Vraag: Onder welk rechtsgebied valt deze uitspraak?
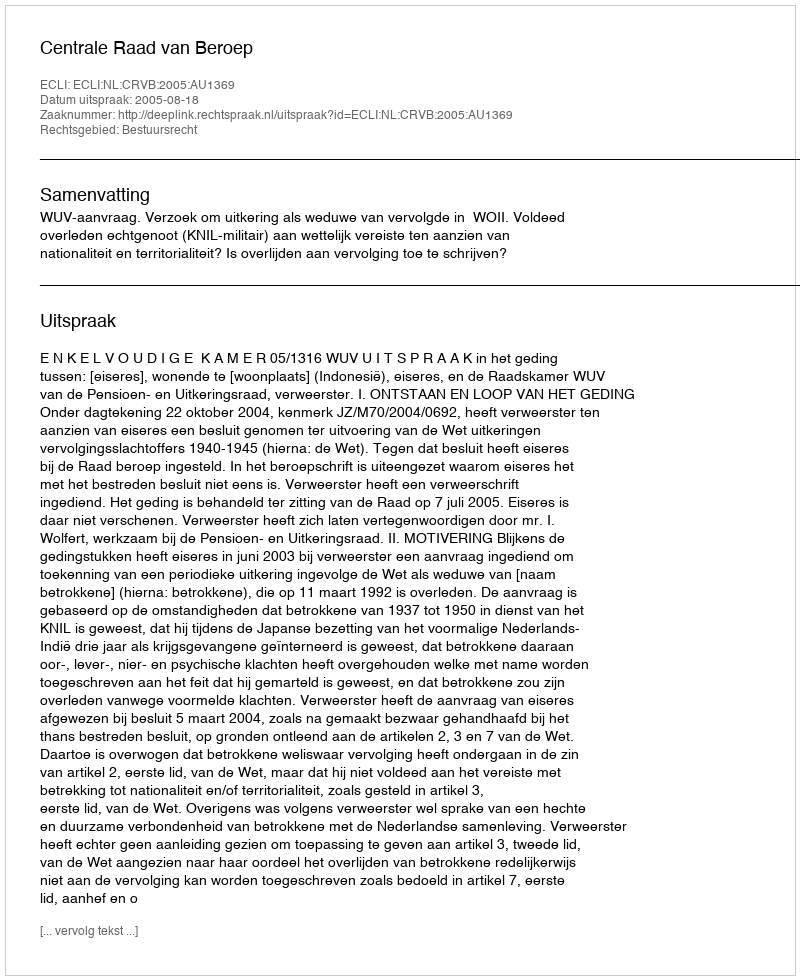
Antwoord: Bestuursrecht